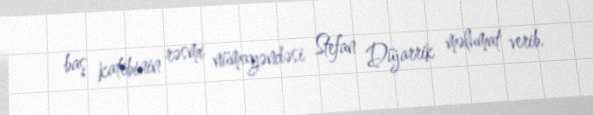
baş katibinin rəsmi nümayəndəsi Stefan Düjarrik məlumat verib.